Report of the Indian Hemp Drugs Commission, 1894-1895 - Volume III
Year: 1894
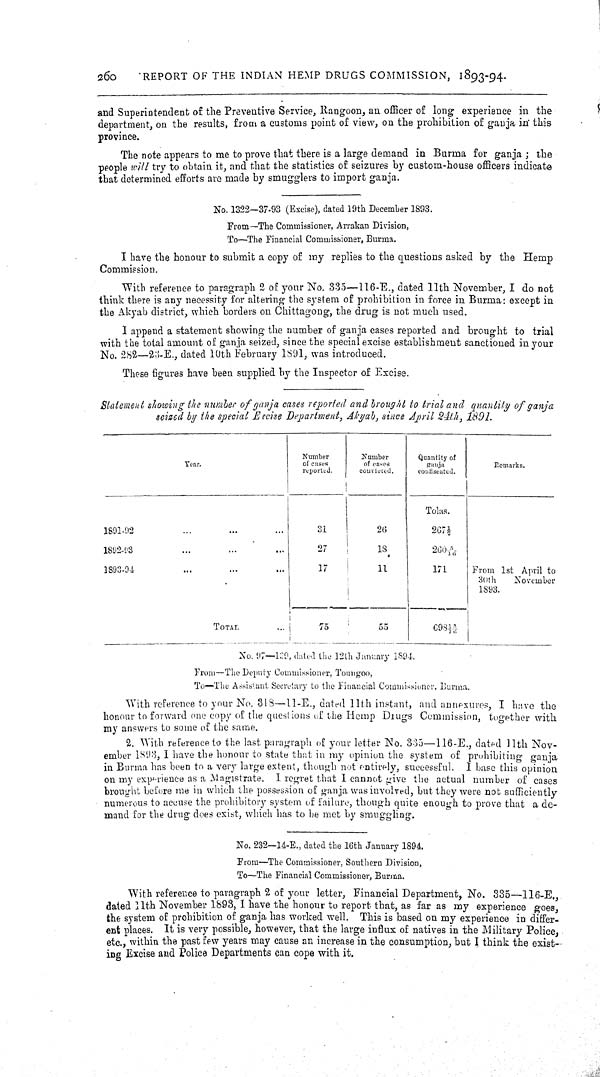
260
REPORT OF THE INDIAN HEMP DRUGS COMMISSION, 1893-94.
and Superintendent of the Preventive Service, Rangoon, an officer of long experience in the
department, on the results, from a customs point of view, on the prohibition of ganja in this
province.
The note appears to me to prove that there is a large demand in Burma for ganja; the
people will try to obtain it, and that the statistics of seizures by custom-house officers indicate
that determined efforts are made by smugglers to import ganja.
No. 1322—37-93 (Excise), dated 19th December 1893.
From—The Commissioner, Arrakan Division,
To—The Financial Commissioner, Burma.
I have the honour to submit a copy of my replies to the questions asked by the Hemp
Commission.
With reference to paragraph 2 of your No. 335—116-E., dated 11th November, I do not
think there is any necessity for altering the system of prohibition in force in Burma: except in
the Akyab district, which borders on Chittagong, the drug is not much used.
I append a statement showing the number of ganja cases reported and brought to trial
with the total amount of ganja seized, since the special excise establishment sanctioned in your
No. 282—23-E., dated 10th February 1891, was introduced.
These figures have been supplied by the Inspector of Excise.
Statement showing the number of ganja cases reported and brought to trial and quantity of ganja
seized by the special Excise Department, Akyab, since April 24th, 1891.
Year.
Number
Number
Quantity of
Year.
of cases
of cases
ganja
Remarks.
Year.
reported.
convicted.
confiscated.
Tolas.
1891-92
31
26
2671/3
1892-93
27
18
2605/16
1893-94
17
11
171
From 1st April to
30th
November
1893.
TOTAL
75
55
69818/16
No. 97—120, dated the 12th January 1894.
From—The Deputy Commissioner, Toungoo,
To—The Assistant Secretary to the Financial Commissioner, Burma.
With reference to your No. 318—11-E., dated 11th instant, and annexures, I have the
honour to forward one copy of the questions of the Hemp Drugs Commission, together with
my answers to some of the same.
2. With reference to the last paragraph of your letter No. 335—116-E., dated 11th Nov-
ember 1893, I have the honour to state that in my opinion the system of prohibiting ganja
in Burma has been to a very large extent, though not entirely, successful. I base this opinion
on my experience as a Magistrate. I regret that I cannot give the actual number of cases
brought before me in which the possession of ganja was involved, but they were not sufficiently
numerous to accuse the prohibitory system of failure, though quite enough to prove that a de-
mand for the drug does exist, which has to be met by smuggling.
No. 232—14-E., dated the 16th January 1894.
From—The Commissioner, Southern Division,
To—The Financial Commissioner, Burma.
With reference to paragraph 2 of your letter, Financial Department, No. 335—116-E.,
dated 11th November 1893, I have the honour to report that, as far as my experience goes,
the system of prohibition of ganja has worked well. This is based on my experience in differ-
ent places. It is very possible, however, that the large influx of natives in the Military Police,
etc., within the past few years may cause an increase in the consumption, but I think the exist-
ing Excise and Police Departments can cope with it.